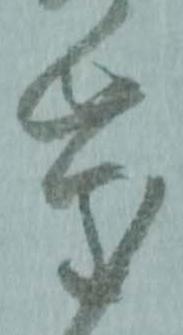
慶